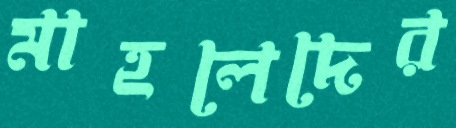
মাহলেদের